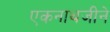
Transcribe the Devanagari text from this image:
एकनाथजीने